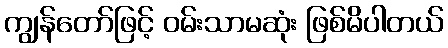
ကျွန်တော်ဖြင့် ဝမ်းသာမဆုံး ဖြစ်မိပါတယ်